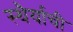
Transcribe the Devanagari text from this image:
स्थैर्याची